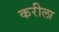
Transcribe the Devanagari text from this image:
करीला